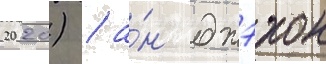
2020) / а́н джэхон